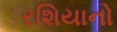
રશિયાનો